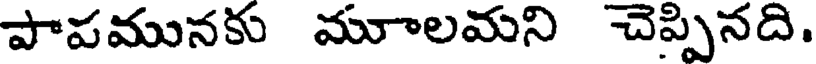
పాపమునకు మూాలమని చెప్పినది.